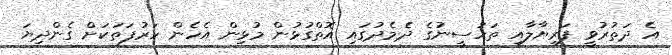
އެ ދަތުރުވީ ފަރިޔާލާއި ތަހުސީނުގެ ދެމެދުގައި އޮތްގުޅުން މުޅިން އެހެން ހަރުފަތަކަށް ގެންދިޔަ